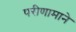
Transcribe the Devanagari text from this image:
परीणामाने